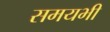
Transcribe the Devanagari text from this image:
समयभी